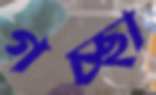
গচ্ছা